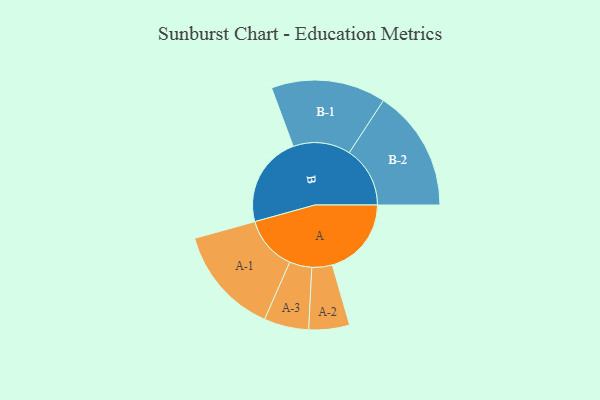
{"axis": {"x": "Segment", "y": "Value"}, "legend": ["", "A", "B"], "data": [{"x": "A", "y": 389, "type": ""}, {"x": "B", "y": 448, "type": ""}, {"x": "A-1", "y": 267, "type": "A"}, {"x": "A-2", "y": 100, "type": "A"}, {"x": "A-3", "y": 110, "type": "A"}, {"x": "B-1", "y": 282, "type": "B"}, {"x": "B-2", "y": 299, "type": "B"}]}